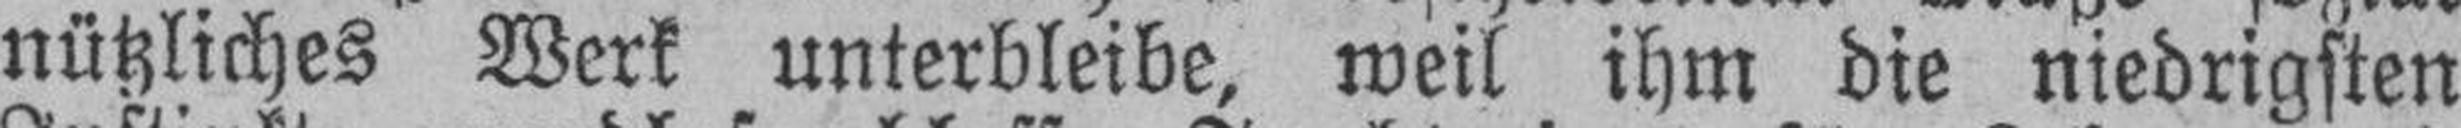
nützliches Werk unterbleibe, weil ihm die niedrigsten